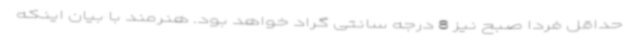
حداقل فردا صبح نیز 8 درجه سانتی گراد خواهد بود. هنرمند با بیان اینکه